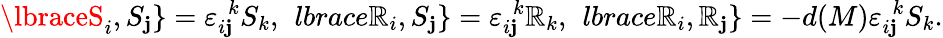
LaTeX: \lbraceS_{i},S_{\mathbf{j}}\rbrace=\varepsilon_{i\mathbf{j}}^{\ \ k}S_{k},\ \, lbrace\mathbb{R}_{i},S_{\mathbf{j}}\rbrace=\varepsilon_{i\mathbf{j}}^{\ \ k}\mathbb{R}_{k},\ \, lbrace\mathbb{R}_{i},\mathbb{R}_{\mathbf{j}}\rbrace=-d(M)\varepsilon_{i\mathbf{j}}^{\ \ k}S_{k}.